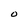
Character: 0